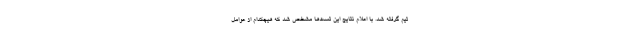
تیم گرفته شد. با اعلام نتایج این تست‌ها مشخص شد که هیچکدام از عوامل